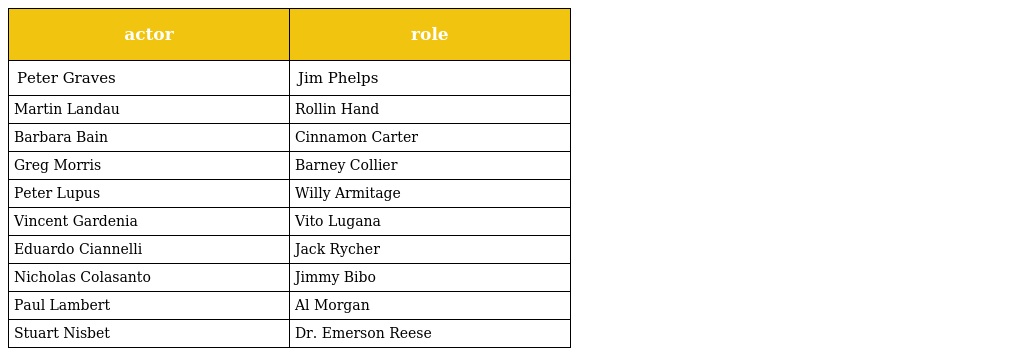
| actor | role |
 | --- | --- |
 | Peter Graves | Jim Phelps |
 | Martin Landau | Rollin Hand |
 | Barbara Bain | Cinnamon Carter |
 | Greg Morris | Barney Collier |
 | Peter Lupus | Willy Armitage |
 | Vincent Gardenia | Vito Lugana |
 | Eduardo Ciannelli | Jack Rycher |
 | Nicholas Colasanto | Jimmy Bibo |
 | Paul Lambert | Al Morgan |
 | Stuart Nisbet | Dr. Emerson Reese |